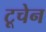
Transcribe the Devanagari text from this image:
टूचेन